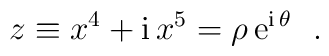
z\equiv x^4 +{\rm i}\,x^5 = \rho \,{\rm e}^{{\rm i} \,\theta}~~.